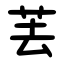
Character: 䒧